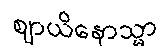
ဈာယိနောသ္မာ